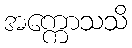
အက္ကောသသိ